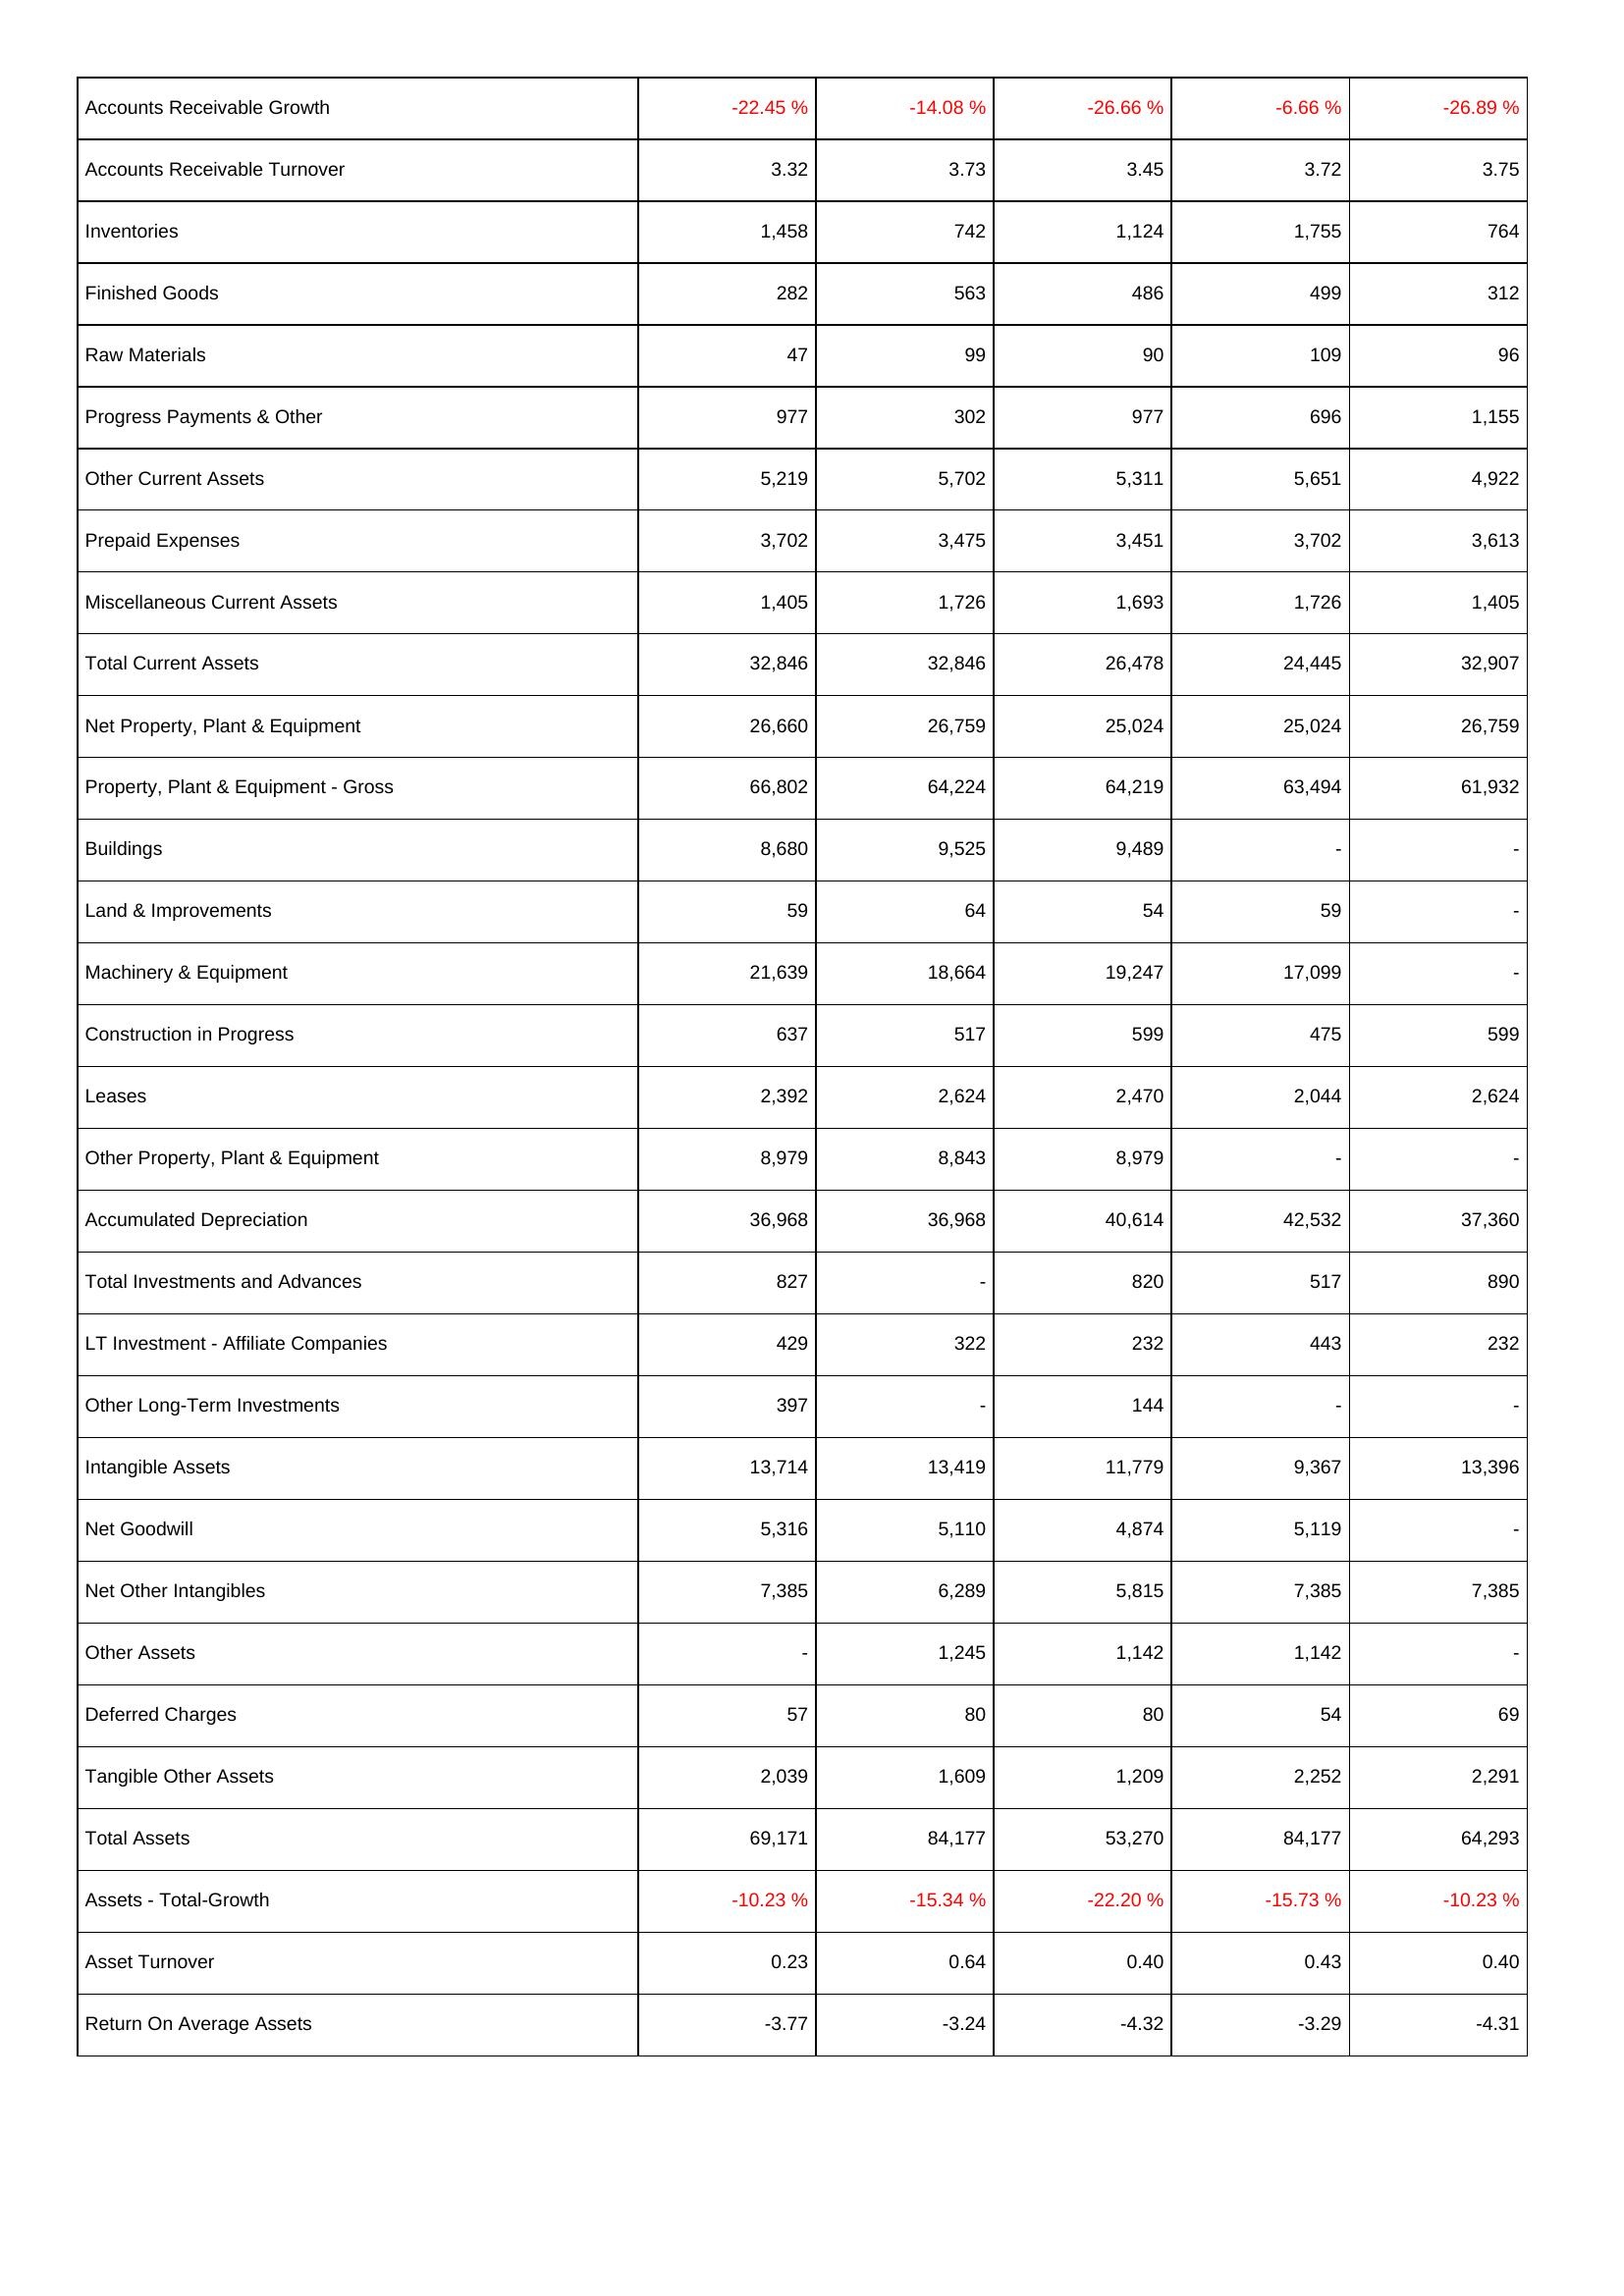
2025: Assets: Accounts Receivable Growth: -22.45 %
Accounts Receivable Turnover: 3.32
Inventories: 1,458
Finished Goods: 282
Raw Materials: 47
Progress Payments & Other: 977
Other Current Assets: 5,219
Prepaid Expenses: 3,702
Miscellaneous Current Assets: 1,405
Total Current Assets: 32,846
Net Property, Plant & Equipment: 26,660
Property, Plant & Equipment - Gross: 66,802
Buildings: 8,680
Land & Improvements: 59
Machinery & Equipment: 21,639
Construction in Progress: 637
Leases: 2,392
Other Property, Plant & Equipment: 8,979
Accumulated Depreciation: 36,968
Total Investments and Advances: 827
LT Investment - Affiliate Companies: 429
Other Long-Term Investments: 397
Intangible Assets: 13,714
Net Goodwill: 5,316
Net Other Intangibles: 7,385
Other Assets: -
Deferred Charges: 57
Tangible Other Assets: 2,039
Total Assets: 69,171
Assets - Total-Growth: -10.23 %
Asset Turnover: 0.23
Return On Average Assets: -3.77
2024: Assets: Accounts Receivable Growth: -14.08 %
Accounts Receivable Turnover: 3.73
Inventories: 742
Finished Goods: 563
Raw Materials: 99
Progress Payments & Other: 302
Other Current Assets: 5,702
Prepaid Expenses: 3,475
Miscellaneous Current Assets: 1,726
Total Current Assets: 32,846
Net Property, Plant & Equipment: 26,759
Property, Plant & Equipment - Gross: 64,224
Buildings: 9,525
Land & Improvements: 64
Machinery & Equipment: 18,664
Construction in Progress: 517
Leases: 2,624
Other Property, Plant & Equipment: 8,843
Accumulated Depreciation: 36,968
Total Investments and Advances: -
LT Investment - Affiliate Companies: 322
Other Long-Term Investments: -
Intangible Assets: 13,419
Net Goodwill: 5,110
Net Other Intangibles: 6,289
Other Assets: 1,245
Deferred Charges: 80
Tangible Other Assets: 1,609
Total Assets: 84,177
Assets - Total-Growth: -15.34 %
Asset Turnover: 0.64
Return On Average Assets: -3.24
2023: Assets: Accounts Receivable Growth: -26.66 %
Accounts Receivable Turnover: 3.45
Inventories: 1,124
Finished Goods: 486
Raw Materials: 90
Progress Payments & Other: 977
Other Current Assets: 5,311
Prepaid Expenses: 3,451
Miscellaneous Current Assets: 1,693
Total Current Assets: 26,478
Net Property, Plant & Equipment: 25,024
Property, Plant & Equipment - Gross: 64,219
Buildings: 9,489
Land & Improvements: 54
Machinery & Equipment: 19,247
Construction in Progress: 599
Leases: 2,470
Other Property, Plant & Equipment: 8,979
Accumulated Depreciation: 40,614
Total Investments and Advances: 820
LT Investment - Affiliate Companies: 232
Other Long-Term Investments: 144
Intangible Assets: 11,779
Net Goodwill: 4,874
Net Other Intangibles: 5,815
Other Assets: 1,142
Deferred Charges: 80
Tangible Other Assets: 1,209
Total Assets: 53,270
Assets - Total-Growth: -22.20 %
Asset Turnover: 0.40
Return On Average Assets: -4.32
2022: Assets: Accounts Receivable Growth: -6.66 %
Accounts Receivable Turnover: 3.72
Inventories: 1,755
Finished Goods: 499
Raw Materials: 109
Progress Payments & Other: 696
Other Current Assets: 5,651
Prepaid Expenses: 3,702
Miscellaneous Current Assets: 1,726
Total Current Assets: 24,445
Net Property, Plant & Equipment: 25,024
Property, Plant & Equipment - Gross: 63,494
Buildings: -
Land & Improvements: 59
Machinery & Equipment: 17,099
Construction in Progress: 475
Leases: 2,044
Other Property, Plant & Equipment: -
Accumulated Depreciation: 42,532
Total Investments and Advances: 517
LT Investment - Affiliate Companies: 443
Other Long-Term Investments: -
Intangible Assets: 9,367
Net Goodwill: 5,119
Net Other Intangibles: 7,385
Other Assets: 1,142
Deferred Charges: 54
Tangible Other Assets: 2,252
Total Assets: 84,177
Assets - Total-Growth: -15.73 %
Asset Turnover: 0.43
Return On Average Assets: -3.29
2021: Assets: Accounts Receivable Growth: -26.89 %
Accounts Receivable Turnover: 3.75
Inventories: 764
Finished Goods: 312
Raw Materials: 96
Progress Payments & Other: 1,155
Other Current Assets: 4,922
Prepaid Expenses: 3,613
Miscellaneous Current Assets: 1,405
Total Current Assets: 32,907
Net Property, Plant & Equipment: 26,759
Property, Plant & Equipment - Gross: 61,932
Buildings: -
Land & Improvements: -
Machinery & Equipment: -
Construction in Progress: 599
Leases: 2,624
Other Property, Plant & Equipment: -
Accumulated Depreciation: 37,360
Total Investments and Advances: 890
LT Investment - Affiliate Companies: 232
Other Long-Term Investments: -
Intangible Assets: 13,396
Net Goodwill: -
Net Other Intangibles: 7,385
Other Assets: -
Deferred Charges: 69
Tangible Other Assets: 2,291
Total Assets: 64,293
Assets - Total-Growth: -10.23 %
Asset Turnover: 0.40
Return On Average Assets: -4.31